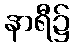
နာရီ၌